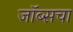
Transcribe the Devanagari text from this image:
जॉब्सचा